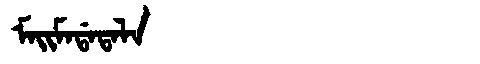
Manchu: ᠮᠠᡳᠮᠠᡩᠠᡨᠠᠯᠠ
Romanization: MAIMADATALA